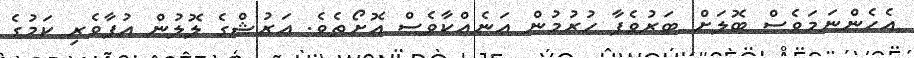
އެހެންނަމަވެސް ބޮލަށް ބަރުވެފާ ހުރުމުން އަނެއްކާވެސް އޮށޯތެވެ. އަރުޝްގެ ލޮލުން އުފާވެރި ކަމުގެ